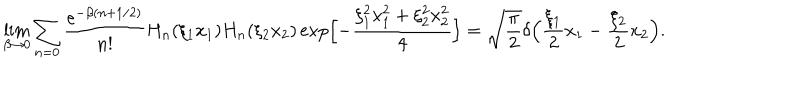
LaTeX: \lim _ { \beta \to 0 } \sum _ { n = 0 } \frac { e ^ { - \beta ( n + 1 / 2 ) } } { n ! } H _ { n } ( \xi _ { 1 } x _ { 1 } ) H _ { n } ( \xi _ { 2 } x _ { 2 } ) \exp \Bigl [ - \frac { \xi _ { 1 } ^ { 2 } x _ { 1 } ^ { 2 } + \xi _ { 2 } ^ { 2 } x _ { 2 } ^ { 2 } } { 4 } \Bigr ] = \sqrt { \frac { \pi } { 2 } } \delta \Bigl ( \frac { \xi _ { 1 } } { 2 } x _ { 1 } - \frac { \xi _ { 2 } } { 2 } x _ { 2 } \Bigr ) .